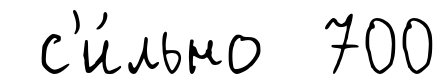
с'и́льно 700